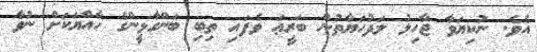
އެވެ. ނުކިޔަވާ ޖާހިލު ލަދުހަޔާތުން ބަރީޢަ ވެފައި ތިބި ބަންގާޅީންގެ ހާއްޔަކަށް ނުވާ